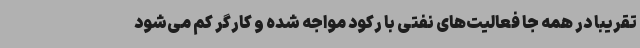
تقریباً در همه‌ جا فعالیت‌های نفتی با رکود مواجه شده و کارگر کم می‌شود